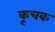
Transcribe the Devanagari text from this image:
कूचक